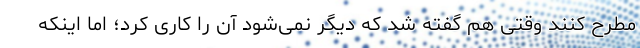
مطرح کنند وقتی هم گفته شد که دیگر نمی‌شود آن را کاری کرد؛ اما اینکه